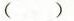
( )